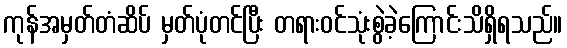
ကုန်အမှတ်တံဆိပ် မှတ်ပုံတင်ပြီး တရားဝင်သုံးစွဲခဲ့ကြောင်းသိရှိရသည်။